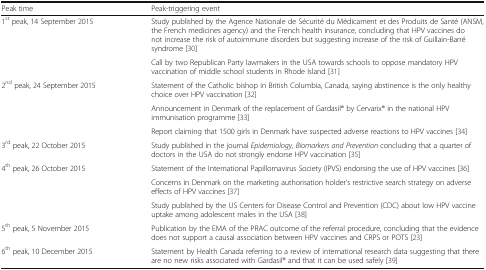
| Peak time | Peak-triggering event |
 | --- | --- |
 | <ROWSPAN=2> 1st peak, 14 September 2015 | Study published by the Agence Nationale de Sécurité du Médicament et des Produits de Santé (ANSM, the French medicines agency) and the French health insurance, concluding that HPV vaccines do not increase the risk of autoimmune disorders but suggesting increase of the risk of Guillain-Barré syndrome [30] |
 | Call by two Republican Party lawmakers in the USA towards schools to oppose mandatory HPV vaccination of middle school students in Rhode Island [31] |
 | <ROWSPAN=3> 2nd peak, 24 September 2015 | Statement of the Catholic bishop in British Columbia, Canada, saying abstinence is the only healthy choice over HPV vaccination [32] |
 | Announcement in Denmark of the replacement of Gardasil® by Cervarix® in the national HPV immunisation programme [33] |
 | Report claiming that 1500 girls in Denmark have suspected adverse reactions to HPV vaccines [34] |
 | 3rd peak, 22 October 2015 | Study published in the journal Epidemiology, Biomarkers and Prevention concluding that a quarter of doctors in the USA do not strongly endorse HPV vaccination [35] |
 | <ROWSPAN=3> 4th peak, 26 October 2015 | Statement of the International Papillomavirus Society (IPVS) endorsing the use of HPV vaccines [36] |
 | Concerns in Denmark on the marketing authorisation holder’s restrictive search strategy on adverse effects of HPV vaccines [37] |
 | Study published by the US Centers for Disease Control and Prevention (CDC) about low HPV vaccine uptake among adolescent males in the USA [38] |
 | 5th peak, 5 November 2015 | Publication by the EMA of the PRAC outcome of the referral procedure, concluding that the evidence does not support a causal association between HPV vaccines and CRPS or POTS [23] |
 | 6th peak, 10 December 2015 | Statement by Health Canada referring to a review of international research data suggesting that there are no new risks associated with Gardasil® and that it can be used safely [39] |